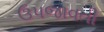
ઉપજાવતી